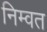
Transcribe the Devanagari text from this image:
निम्वत